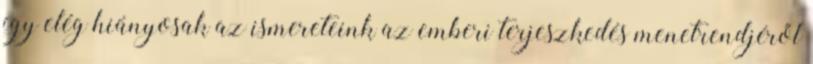
így elég hiányosak az ismereteink az emberi terjeszkedés menetrendjéről